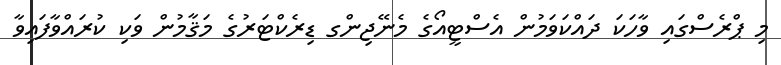
މި ޕްރެސްގައި ވާހަކަ ދައްކަވަމުން އެސްޓީއޯގެ މެނޭޖިންގ ޑިރެކްޓަރުގެ މަޤާމުން ވަކި ކުރައްވާފައިވާ